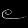
Digit: ၉